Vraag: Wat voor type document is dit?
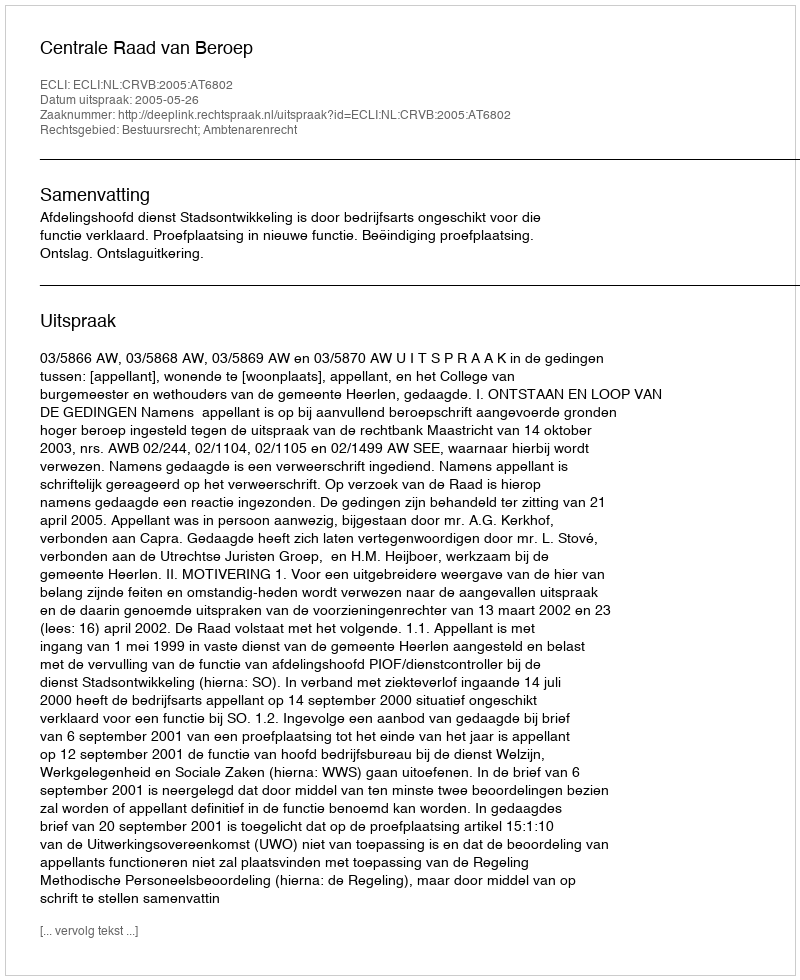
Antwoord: Uitspraak